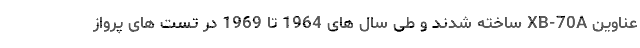
عناوین XB-70A ساخته شدند و طی سال های 1964 تا 1969 در تست های پرواز